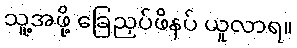
သူ့အဖို့ ခြေညှပ်ဖိနပ် ယူလာရ။